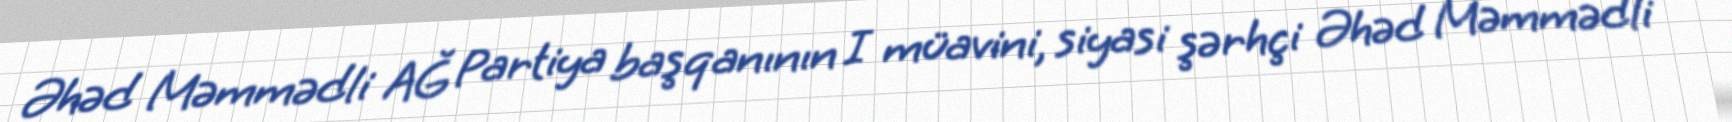
Əhəd Məmmədli AĞ Partiya başqanının I müavini, siyasi şərhçi Əhəd Məmmədli